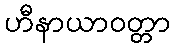
ဟီနာယာဝတ္တာ